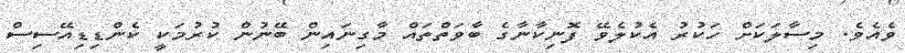
ވެއެވެ. މިސާލަކަށް ހަކުރު އެކުލެވޭ ފޮނިކާނާގެ ބާވަތްތައް މާގިނައިން ބޭނުން ކުރުމަކީ ކެންޑިޑިއޭސިސް